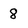
Character: 8